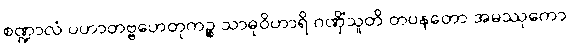
စဏ္ဍာလံ ပဟာတဗ္ဗဟေတုကဉ္စ သာဓုဝိဟာရိ ဂဏှိံသူတိ တပနတော အမဿုကော